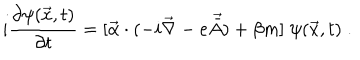
LaTeX: i \frac { \partial \psi ( \vec { x } , t ) } { \partial t } = [ { \vec { \alpha } } \cdot ( - i \vec { \nabla } - e \vec { \bar { A } } ) + \beta m ] \; \psi ( \vec { x } , t ) \; .